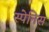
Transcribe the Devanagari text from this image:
स्पेनिस